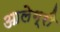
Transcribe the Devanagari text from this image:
आलेग्री